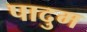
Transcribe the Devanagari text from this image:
पादुम